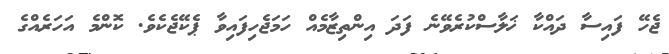
ޖެހޭ ފައިސާ ދައްކާ ޚަލާސްކުރެވޭނެ ފަދަ އިންތިޒާމެއް ހަމަޖެހިފައިވާ ޕެކޭޖެކެވެ. ކޮންމެ އަހަރެއްގެ